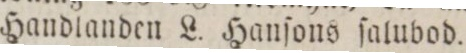
Handlanden L. Hanſons ſalubod.